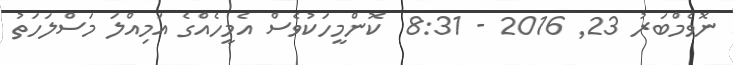
ނޮވެމްބަރު 23